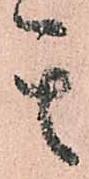
其